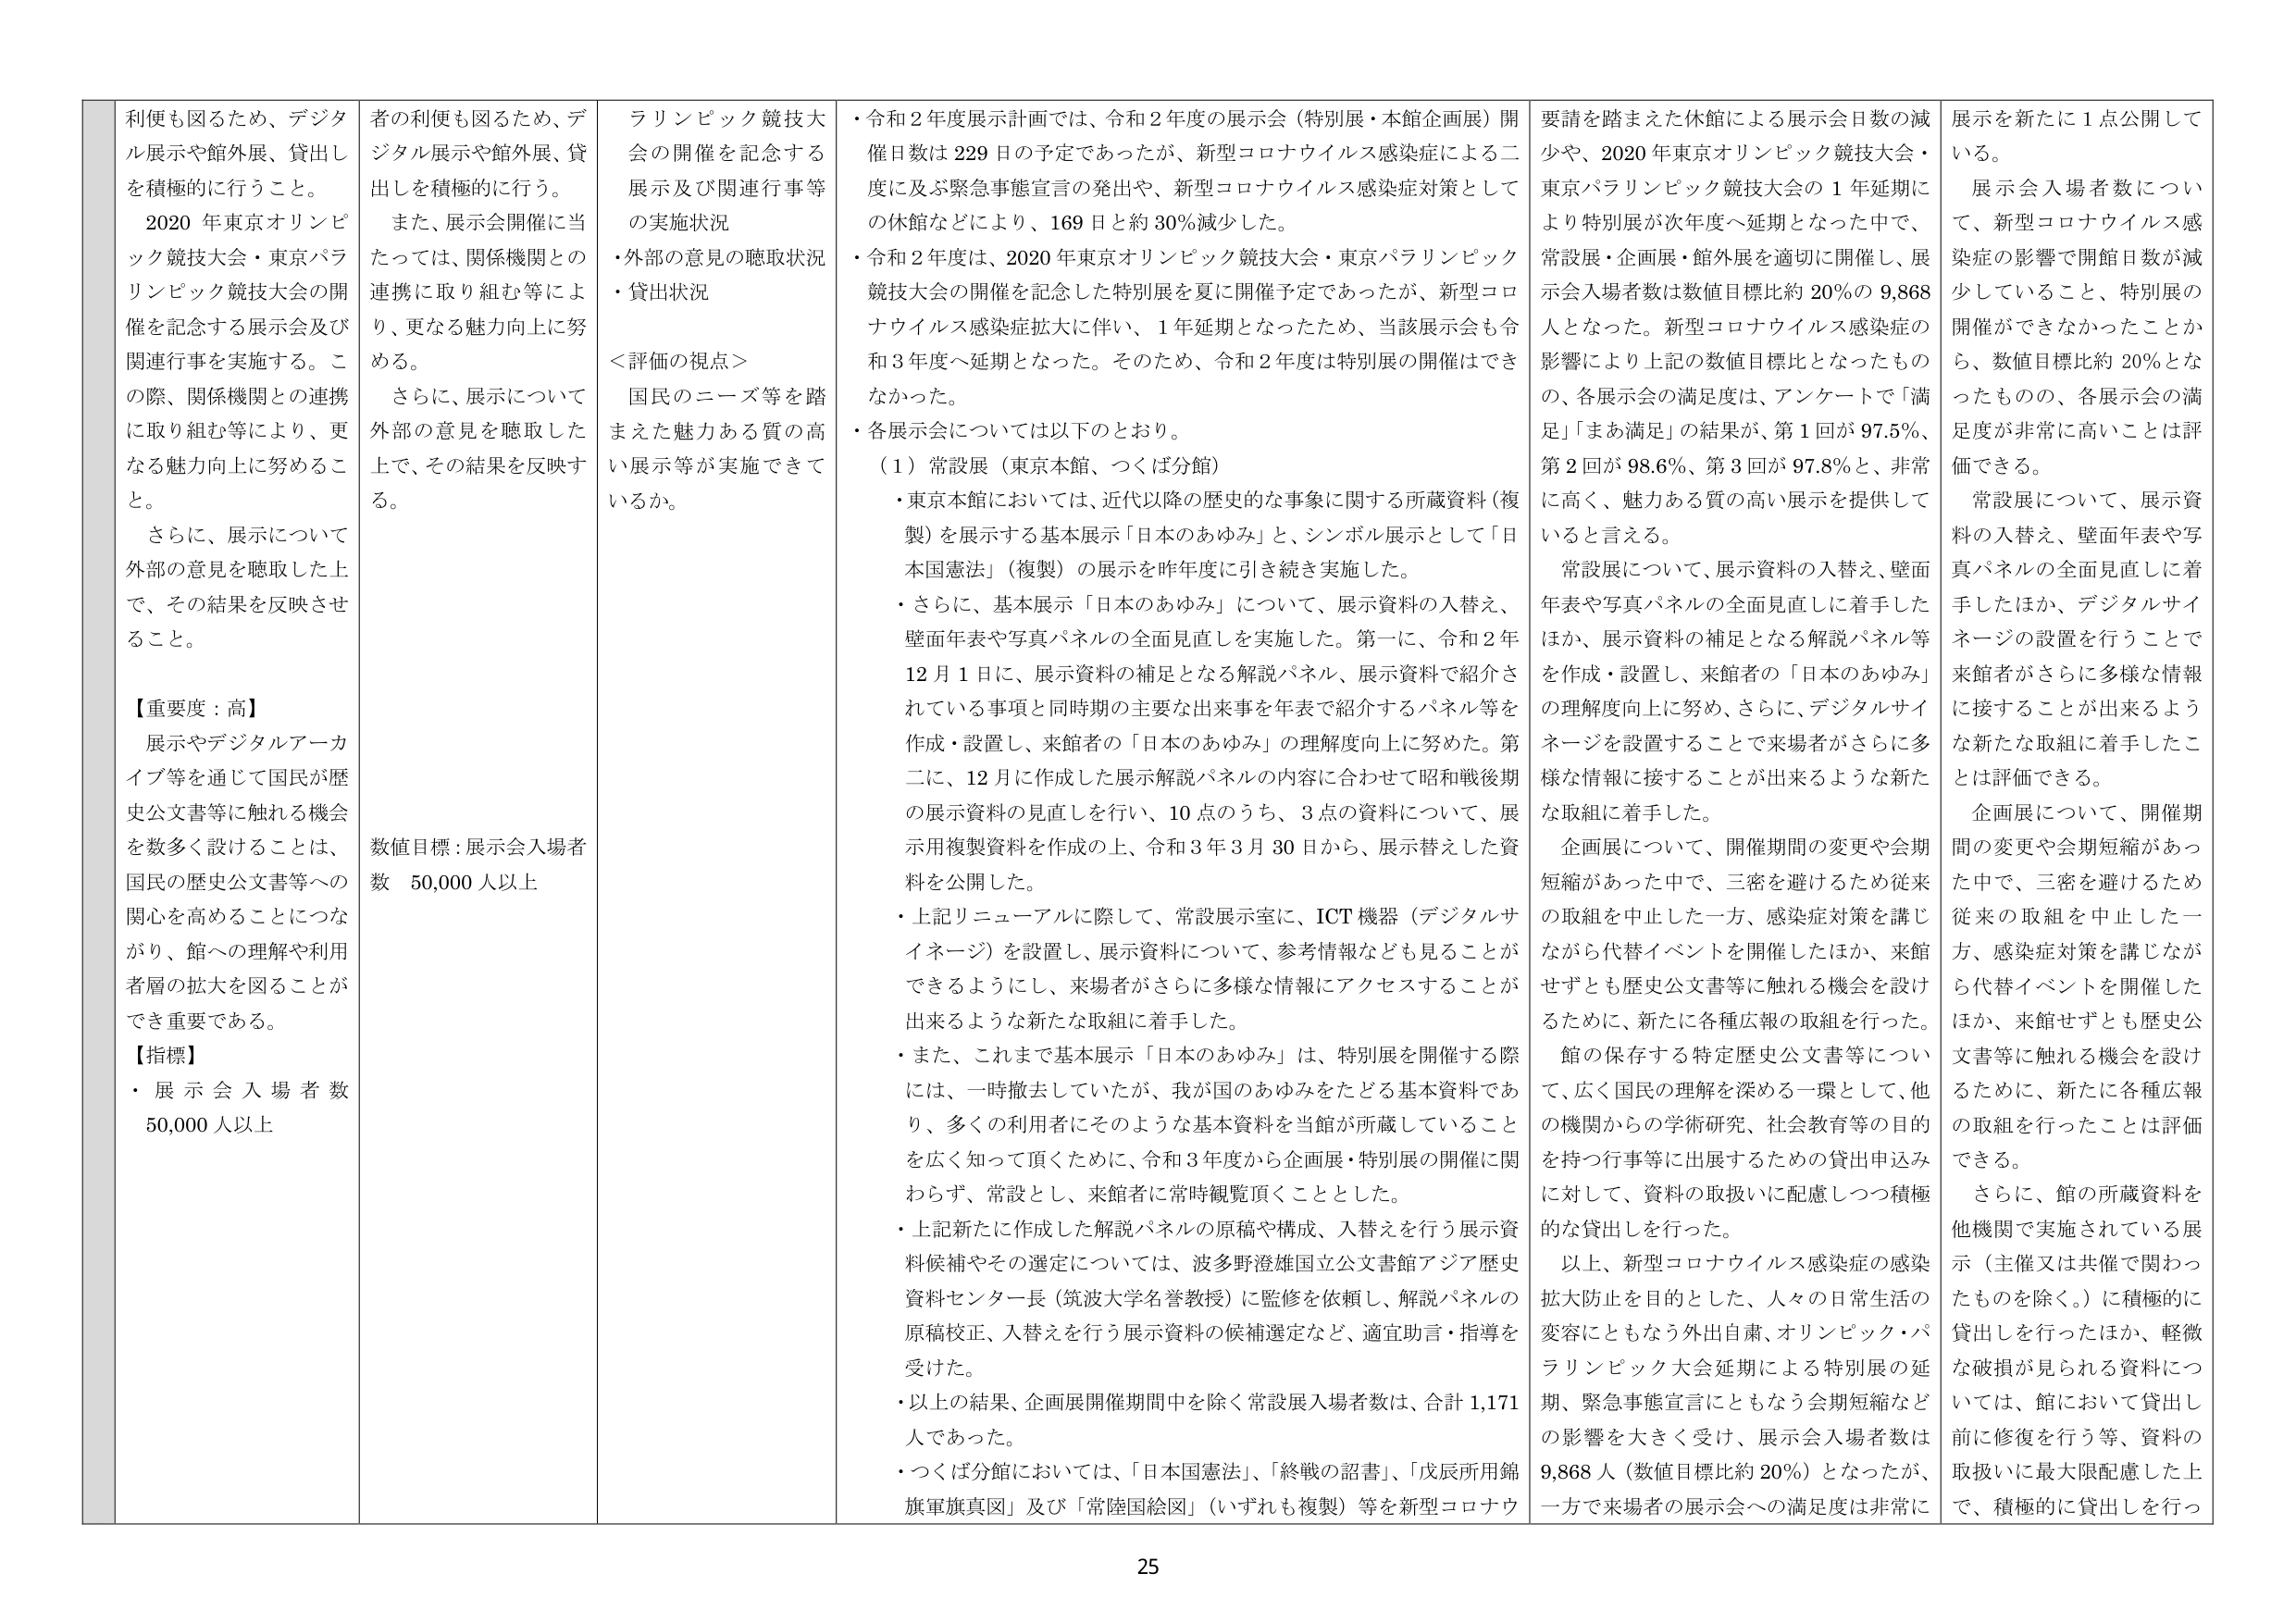
利便も図るため、デジタル展示や館外展、貸出しを積極的に行うこと。
2020 年東京オリンピック競技大会・東京パラリンピック競技大会の開催を記念する展示会及び関連行事を実施する。この際、関係機関との連携に取り組む等により、更なる魅力向上に努めるこ と。
さらに、展示について外部の意見を聴取した上で、その結果を反映させること。

【重要度：高】
展示やデジタルアーカイブ等を通じて国民が歴史公文書等に触れる機会を数多く設けることは、国民の歴史公文書等への関心を高めることにつながり、館への理解や利用者層の拡大を図ることが でき重要である。

【指標】
・展示会入場者数 50,000 人以上

者の利便も図るため、デジタル展示や館外展、貸出しを積極的に行う。
また、展示会開催に当たっては、関係機関との連携に取り組む等により、更なる魅力向上に努める。
さらに、展示について外部の意見を聴取した上で、その結果を反映する。

数値目標：展示会入場者数 50,000 人以上

ラリンピック競技大会の開催を記念する展示及び関連行事等の実施状況
・外部の意見の聴取状況
・貸出状況
＜評価の視点＞
国民のニーズ等を踏まえた魅力ある質の高い展示等が実施できているか。

・令和2年度展示計画では、令和2年度の展示会（特別展・本館企画展）開催日数は229日の予定であったが、新型コロナウイルス感染症による二度に及ぶ緊急事態宣言の発出や、新型コロナウイルス感染症対策としての休館などにより、169日と約30％減少した。
・令和2年度は、2020年東京オリンピック競技大会・東京パラリンピック競技大会の開催を記念した特別展を夏に開催予定であったが、新型コロナウイルス感染症拡大に伴い、1年延期となったため、当該展示会も令和3年度へ延期となった。そのため、令和2年度は特別展の開催はできなかった。
・各展示会については以下のとおり。
（1）常設展（東京本館、つくば分館）
・東京本館においては、近代以降の歴史的な事象に関する所蔵資料（複製）を展示する基本展示「日本のあゆみ」と、シンボル展示として「日本国憲法」（複製）の展示を昨年度に引き続き実施した。
・さらに、基本展示「日本のあゆみ」について、展示資料の入替え、壁面年表や写真パネルの全面見直しを実施した。第一に、令和2年12月1日に、展示資料の補足となる解説パネル、展示資料で紹介されている事項と同時期の主要な出来事を年表で紹介するパネル等を作成・設置し、来館者の「日本のあゆみ」の理解度向上に努めた。第二に、12月に作成した展示解説パネルの内容に合わせて昭和戦後期の展示資料の見直しを行い、10点のうち、3点の資料について、展示用複製資料を作成の上、令和3年3月30日から、展示替えした資料を公開した。
・上記リニューアルに際して、常設展示室に、ICT機器（デジタルサイネージ）を設置し、展示資料について、参考情報なども見ることができるようにし、来場者がさらに多様な情報にアクセスすることが出来るような新たな取組に着手した。
・また、これまで基本展示「日本のあゆみ」は、特別展を開催する際には、一時撤去していたが、我が国のあゆみをたどる基本資料であり、多くの利用者にそのような基本資料を当館が所蔵していることを広く知って頂くために、令和3年度から企画展・特別展の開催に関わらず、常設とし、来館者に常時観覧頂くこととした。
・上記新たに作成した解説パネルの原稿や構成、入替えを行う展示資料候補やその選定については、波多野澄雄国立公文書館アジア歴史資料センター長（筑波大学名誉教授）に監修を依頼し、解説パネルの原稿校正、入替えを行う展示資料の候補選定など、適宜助言・指導を受けた。
・以上の結果、企画展開催期間中を除く常設展入場者数は、合計1,171人であった。
・つくば分館においては、「日本国憲法」、「終戦の詔書」、「戊辰所用錦旗軍旗真図」及び「常陸国絵図」（いずれも複製）等を新型コロナウイルス感染症対策としての休館や、2020年東京オリンピック競技大会・東京パラリンピック競技大会の1年延期により特別展が次年度へ延期となった中で、常設展・企画展・館外展を適切に開催し、展示会入場者数は数値目標比約20％の9,868人となった。新型コロナウイルス感染症の影響により上記の数値目標比となったものの、各展示会の満足度は、アンケートで「満足」「まあ満足」の結果が、第1回が97.5％、第2回が98.6％、第3回が97.8％と、非常に高く、魅力ある質の高い展示を提供していると言える。
常設展について、展示資料の入替え、壁面年表や写真パネルの全面見直しに着手したほか、展示資料の補足となる解説パネル等を作成・設置し、来館者の「日本のあゆみ」の理解度向上に努め、さらに、デジタルサイネージを設置することで来場者がさらに多様な情報に接することが出来るような新たな取組に着手した。
企画展について、開催期間の変更や会期短縮があった中で、三密を避けるため従来の取組を中止した一方、感染症対策を講じながら代替イベントを開催したほか、来館せずとも歴史公文書等に触れる機会を設けるために、新たに各種広報の取組を行った。
館の保存する特定歴史公文書等について、広く国民の理解を深める一環として、他の機関からの学術研究、社会教育等の目的を持つ行事等に出展するための貸出申込みに対して、資料の取扱いに配慮しつつ積極的な貸出しを行った。
以上、新型コロナウイルス感染症の感染拡大防止を目的とした、人々の日常生活の変容にともなう外出自粛、オリンピック・パラリンピック大会延期による特別展の延期、緊急事態宣言にともなう会期短縮などの影響を大きく受け、展示会入場者数は9,868人（数値目標比約20％）となったが、一方で来場者の展示会への満足度は非常に高い。
展示を新たに1点公開している。
展示会入場者数について、新型コロナウイルス感染症の影響で開館日数が減少していること、特別展の開催ができなかったことから、数値目標比約20％となったものの、各展示会の満足度が非常に高いことは評価できる。
常設展について、展示資料の入替え、壁面年表や写真パネルの全面見直しに着手したほか、デジタルサイネージの設置を行うことで来館者がさらに多様な情報に接することが出来るような新たな取組に着手したことは評価できる。
企画展について、開催期間の変更や会期短縮があった中で、三密を避けるため従来の取組を中止した一方、感染症対策を講じながら代替イベントを開催したほか、来館せずとも歴史公文書等に触れる機会を設けるために、新たに各種広報の取組を行ったことは評価できる。
さらに、館の所蔵資料を他機関で実施されている展示（主催又は共催で関わったものを除く。）に積極的に貸出しを行ったほか、軽微な破損が見られる資料については、館において貸出し前に修復を行う等、資料の取扱いに最大限配慮した上で、積極的に貸出しを行っ

25